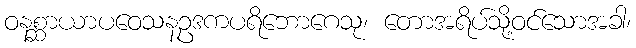
ဝနစ္ဆာယာပဝေသနဥဒကပရိဘောဂေသု၊ တောအရိပ်သို့ဝင်သောအခါ၊